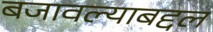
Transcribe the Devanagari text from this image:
बजावल्याबद्दल